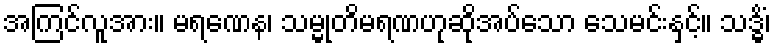
အကြင်လူအား။ မရဏေန၊ သမ္မုတိမရဏဟုဆိုအပ်သော သေမင်းနှင့်။ သဒ္ဓိံ၊